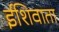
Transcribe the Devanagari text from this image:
ईशिवाता